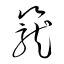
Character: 籠